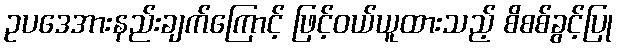
ဥပဒေအားနည်းချက်ကြောင့် ဖြင့်ဝယ်ယူထားသည့် စိစစ်ခွင့်ပြု